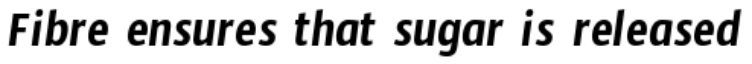
Fibre ensures that sugar is released